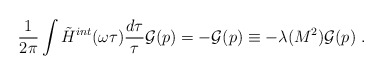
\begin{align*}\frac{1}{2\pi}\int \tilde{H}^{int}(\omega\tau)\frac{d\tau}{\tau} {\cal G}(p)= -{\cal G}(p)\equiv -\lambda(M^2){\cal G}(p)\ .\end{align*}